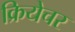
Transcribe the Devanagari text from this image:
क्रियेचर